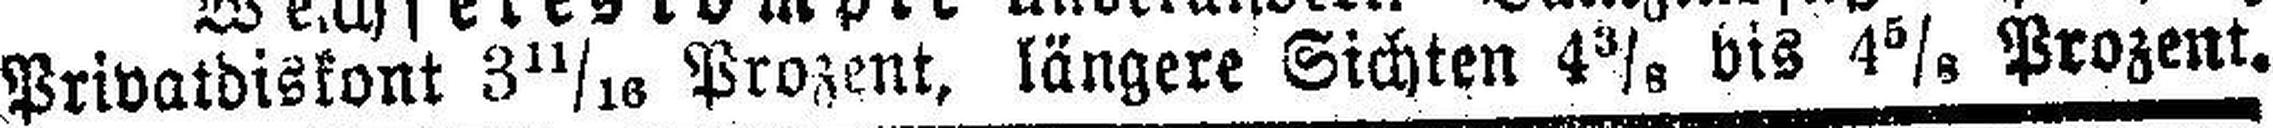
Privatdiskont 3 11/16 Prozent, längere Sichten 4 3/8 bis 4 5/8 Prozent.